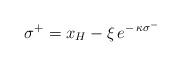
LaTeX: \begin{align*}\:\sigma^{+} = x_{H} - \xi \,e^{-\,\kappa \sigma^{-}}\:\end{align*}